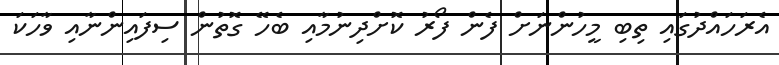
އެރަހައްދުގައި ތިބި މީހުންނަށް ފެން ފޯރު ކޮށްދިނުމާއި ބެހޭ ގޮތުން ސިފައިންނާއި ވާހަކަ